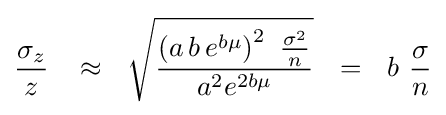
{\frac {\sigma _{z}}{z}}\,\,\,\,\,\approx \,\,\,\,{\sqrt {\frac {\left({a\,b\,e^{b\mu }}\right)^{2}\,\,{\frac {\sigma ^{2}}{n}}}{a^{2}e^{2b\mu }}}}\,\,\,\,=\,\,\,\,b\,\,{\frac {\sigma }{n}}